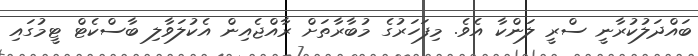
ބައްދަލުކުރާނީ ސްރީ ލަންކާ އެވެ. މިފަހަރުގެ މުބާރާތަށް ރާއްޖެއިން އެކުލަވާލި ބާސްކެޓް ޓީމުގައި